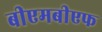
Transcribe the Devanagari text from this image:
बीएमबीएफ